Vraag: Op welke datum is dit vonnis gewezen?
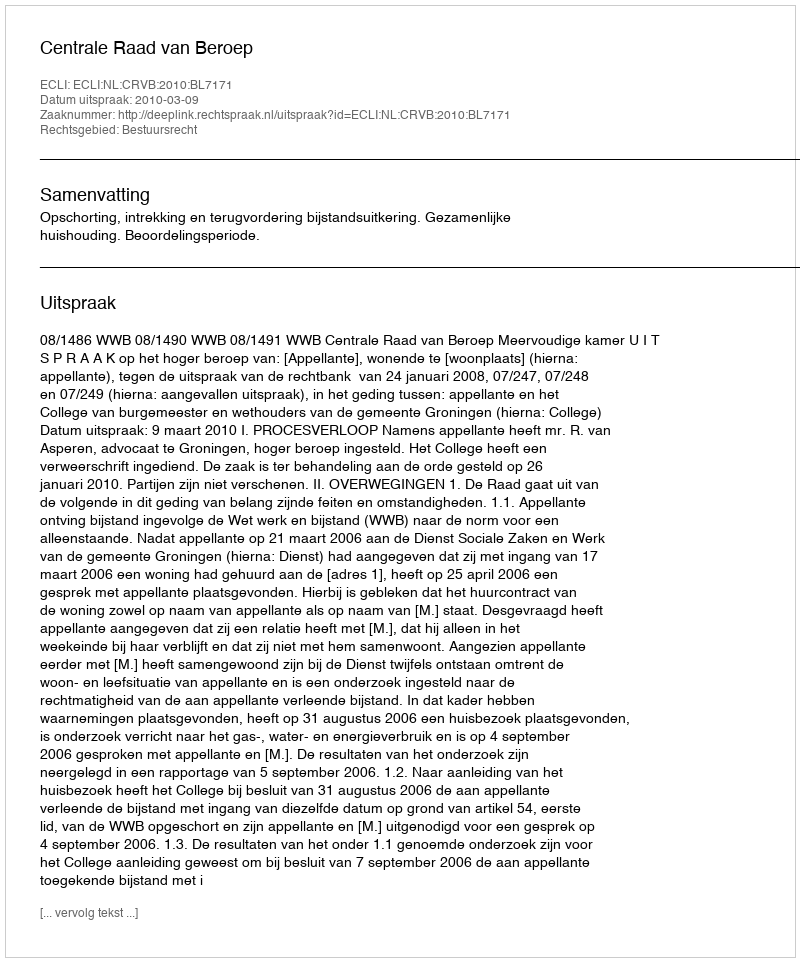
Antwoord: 2010-03-09